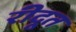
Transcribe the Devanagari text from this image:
रीदूत